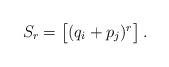
LaTeX: \begin{align*}S_r=\begin{bmatrix}(q_i+p_j)^r\end{bmatrix}.\end{align*}